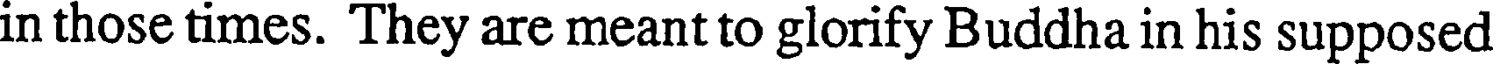
in those times. They are meant to glorify Buddha in his supposed